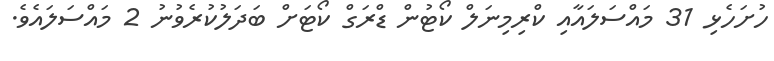
ހުށަހެޅި 31 މައްސަލައާއި ކްރިމިނަލް ކޯޓުން ޑްރަގް ކޯޓަށް ބަދަލުކުރެވުނު 2 މައްސަލައެވެ.